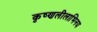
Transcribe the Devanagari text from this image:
कृष्णलीलाभिनय